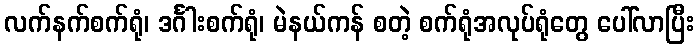
လက်နက်စက်ရုံ၊ ဒင်္ဂါးစက်ရုံ၊ မဲနယ်ကန် စတဲ့ စက်ရုံအလုပ်ရုံတွေ ပေါ်လာပြီး